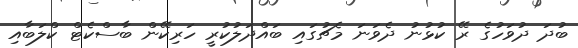
ބުދަ ދުވަހުގެ ރޭ ކުޅުނު ދެވަނަ މެޗުގައި ބައްދަލުކުރީ ހަރިކޭން ބާސްކެޓް ކްލަބާއި